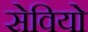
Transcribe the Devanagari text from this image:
सेवियो